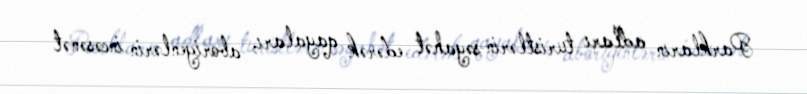
Parkların adları turistlərin səyahət edərək qayaları, aborigenlərin incəsənət